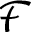
\mathcal { F }